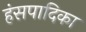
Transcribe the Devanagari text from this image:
हंसपादिका